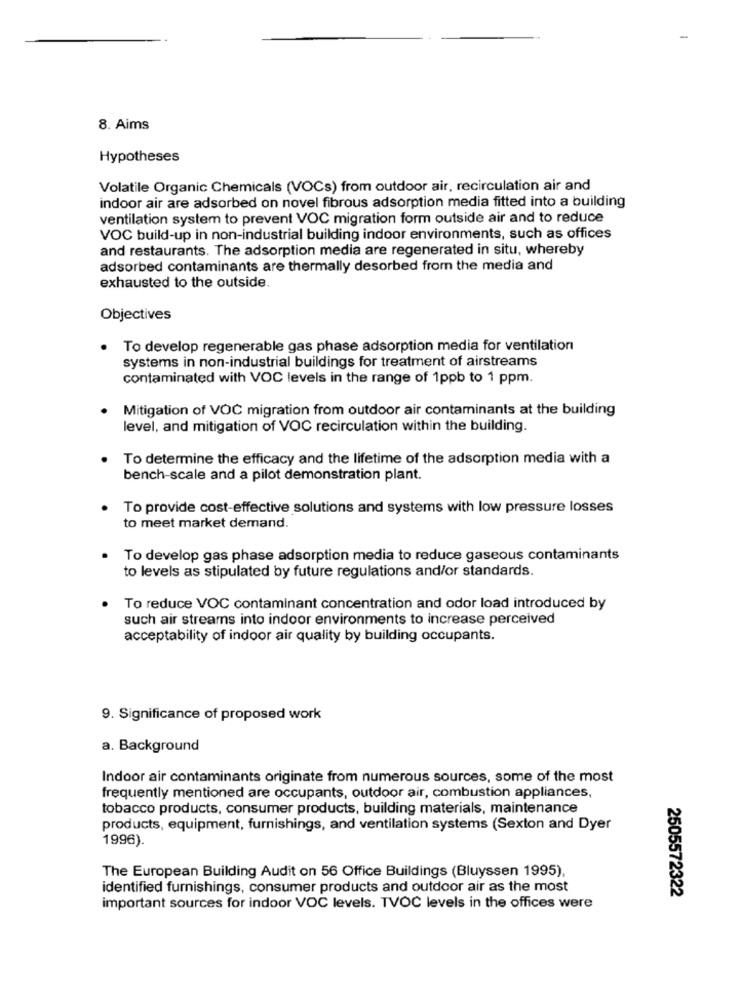
8. Aims
Hypotheses
Volatile Organic Chemicals (VOCs) from outdoor air, recirculation air and
indoor air are adsorbed on novel fibrous adsorption media fitted into a building
ventilation system to prevent VOC migration form outside air and to reduce
VOC build-up in non-industrial building indoor environments, such as offices
and restaurants. The adsorption media are regenerated in situ, whereby
adsorbed contaminants are thermally desorbed from the media and
exhausted to the outside.
Objectives
To develop regenerable gas phase adsorption media for ventilation
systems in non-industrial buildings for treatment of airstreams
contaminated with VOC levels in the range of 1ppb to 1 ppm.
Mitigation of VOC migration from outdoor air contaminants at the building
level, and mitigation of VOC recirculation within the building.
To determine the efficacy and the lifetime of the adsorption media with a
bench-scale and a pilot demonstration plant.
To provide cost-effective solutions and systems with low pressure losses
to meet market demand.
To develop gas phase adsorption media to reduce gaseous contaminants
to levels as stipulated by future regulations and/or standards.
To reduce VOC contaminant concentration and odor load introduced by
such air streams into indoor environments to increase perceived
acceptability of indoor air quality by building occupants.
9. Significance of proposed work
a. Background
Indoor air contaminants originate from numerous sources, some of the most
frequently mentioned are occupants, outdoor air, combustion appliances,
tobacco products, consumer products, building materials, maintenance
products, equipment, furnishings, and ventilation systems (Sexton and Dyer
1996).
The European Building Audit on 56 Office Buildings (Bluyssen 1995),
identified furnishings, consumer products and outdoor air as the most
2505572322
important sources for indoor VOC levels. TVOC levels in the offices were